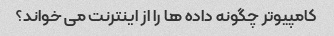
کامپیوتر چگونه داده ها را از اینترنت می خواند؟